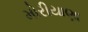
મોરીયાણા